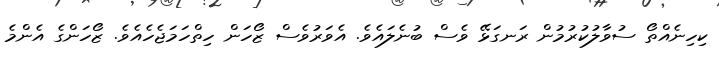
ކިހިނެއްތޯ ސުވާލުކުރުމުން ރަނގަޅޭ ވެސް ބުނެލައެވެ. އެވަރުވެސް ޒޯހަން ހިތްހަމަޖެހެއެވެ. ޒޯހަންގެ އެންމެ